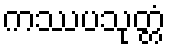
ကဿပသုတ္တံ